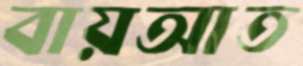
বায়আত